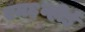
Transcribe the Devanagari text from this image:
एम६व्हीई